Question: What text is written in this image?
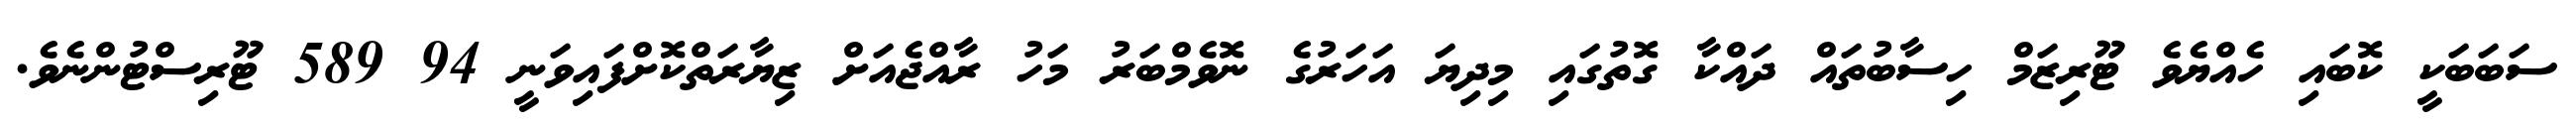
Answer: ސަބަބަކީ ކޮބައި ހެއްޔެވެ ޓޫރިޒަމް ހިސާބުތައް ދައްކާ ގޮތުގައި މިދިޔަ އަހަރުގެ ނޮވެމްބަރު މަހު ރާއްޖެއަށް ޒިޔާރަތްކޮށްފައިވަނީ 94 589 ޓޫރިސްޓުންނެވެ.